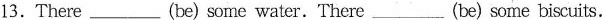
13.There ___ (be) some water. There ___ (be) some biscuits.